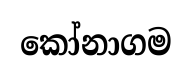
කෝනාගම